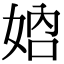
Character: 𡜴